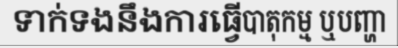
ទាក់ទងនឹងការធ្វើបាតុកម្ម ឬបញ្ហា